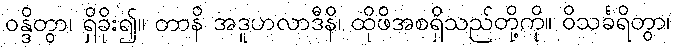
ဝန္ဒိတွာ၊ ရှိခိုး၍။ တာနိ အဒူဟလာဒီနိ၊ ထိုဖိအစရှိသည်တို့ကို။ ဝိသင်္ခရိတွာ၊